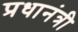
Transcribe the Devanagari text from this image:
प्रधानंत्री